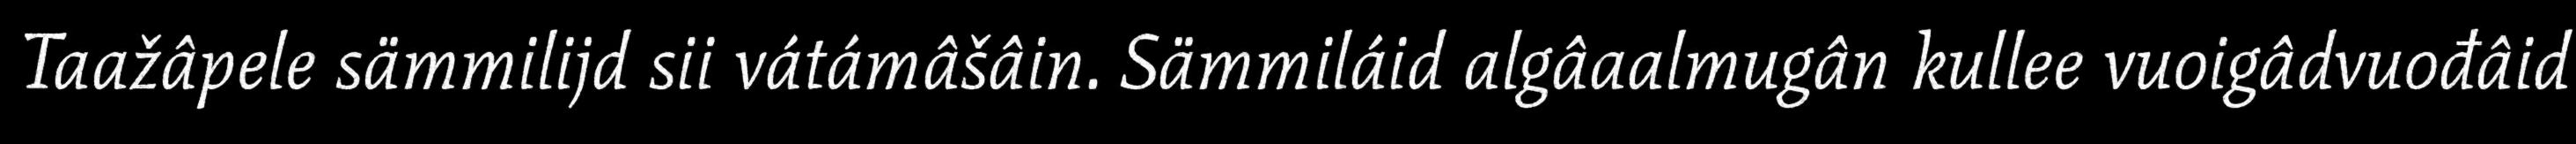
Taažâpele sämmilijd sii vátámâšâin. Sämmiláid algâaalmugân kullee vuoigâdvuođâid